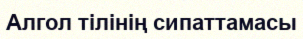
Алгол тілінің сипаттамасы